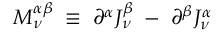
M _ { \nu } ^ { \alpha \beta } \; \equiv \; \partial ^ { \alpha } J _ { \nu } ^ { \beta } \; - \; \partial ^ { \beta } J _ { \nu } ^ { \alpha }